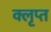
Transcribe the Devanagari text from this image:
क्लृप्त